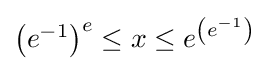
\textstyle \left(e^{-1}\right)^{e}\leq x\leq e^{\left(e^{-1}\right)}